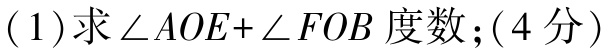
(1)求\(\angle AOE + \angle FOB\)度数；(4分)